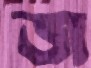
জ